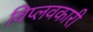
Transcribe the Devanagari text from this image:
विप्लवकारी